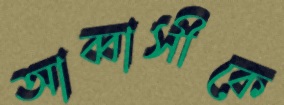
আব্বাসীকে